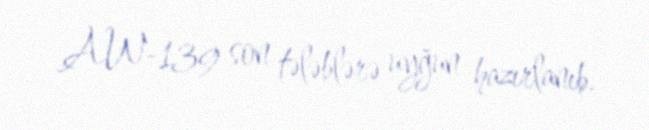
AW-139 son tələblərə uyğun hazırlanıb.